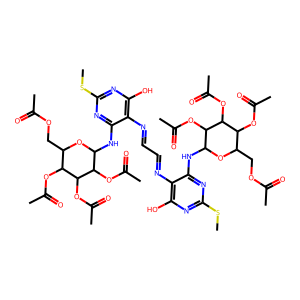
SMILES: CSc1nc(O)c(N=CC=Nc2c(O)nc(SC)nc2NC2OC(COC(C)=O)C(OC(C)=O)C(OC(C)=O)C2OC(C)=O)c(NC2OC(COC(C)=O)C(OC(C)=O)C(OC(C)=O)C2OC(C)=O)n1
Inhibits HIV replication: No